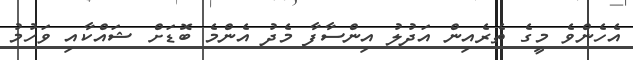
އެހެންވެ މީގެ ތެރެއިން އަދުލު އިންސާފާ މެދު އެންމެ ބޮޑަށް ޝައްކާއި ވަހުމު